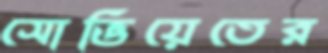
সোভিয়েতের